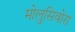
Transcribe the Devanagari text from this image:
मोलुसिवोरा